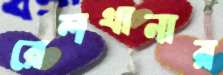
রেলথানার